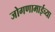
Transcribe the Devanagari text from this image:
जोगणामाईच्या